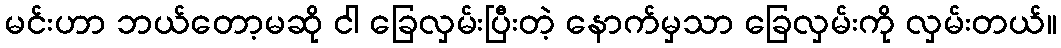
မင်းဟာ ဘယ်တော့မဆို ငါ ခြေလှမ်းပြီးတဲ့ နောက်မှသာ ခြေလှမ်းကို လှမ်းတယ်။